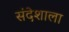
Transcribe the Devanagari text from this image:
संदेशाला